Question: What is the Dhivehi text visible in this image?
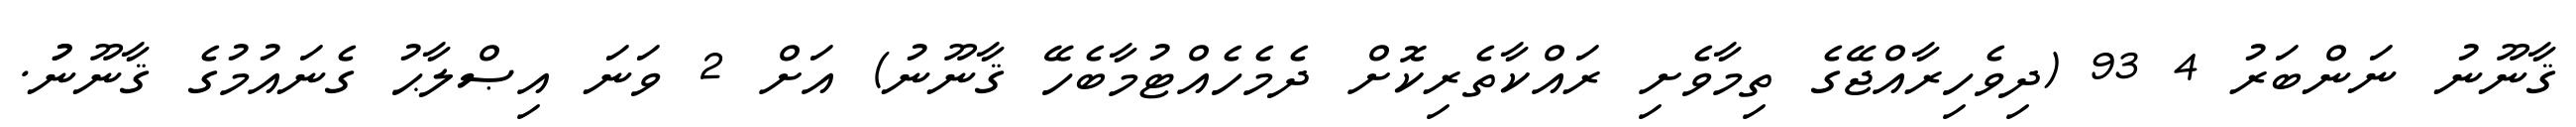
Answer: ޤާނޫނު ނަންބަރު 4 93 (ދިވެހިރާއްޖޭގެ ތިމާވެށި ރައްކާތެރިކޮށް ދެމެހެއްޓުމާބެހޭ ޤާނޫނު) އަށް 2 ވަނަ އިޞްލާޙު ގެނައުމުގެ ޤާނޫނުު.